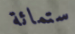
ستمائة